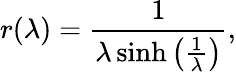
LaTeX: r(\lambda)=\frac{1}{\lambda\sinh{\left(\frac{1}{\lambda}\right)}},